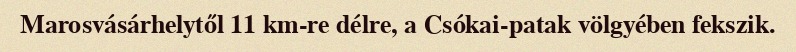
Marosvásárhelytől 11 km-re délre, a Csókai-patak völgyében fekszik.